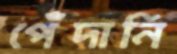
পেঁদানি